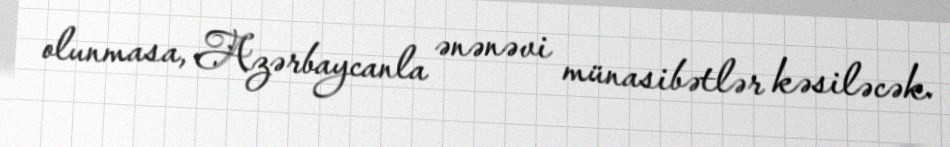
olunmasa, Azərbaycanla ənənəvi münasibətlər kəsiləcək.